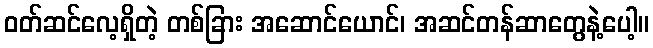
ဝတ်ဆင်လေ့ရှိတဲ့ တစ်ခြား အဆောင်ယောင်၊ အဆင်တန်ဆာတွေနဲ့ပေါ့။